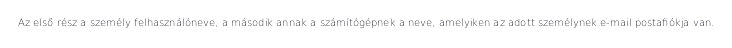
Az első rész a személy felhasználóneve, a második annak a számítógépnek a neve, amelyiken az adott személynek e-mail postafiókja van.